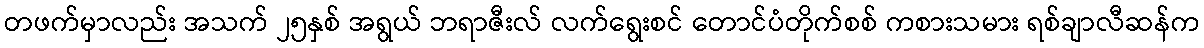
တဖက်မှာလည်း အသက် ၂၅နှစ် အရွယ် ဘရာဇီးလ် လက်ရွေးစင် တောင်ပံတိုက်စစ် ကစားသမား ရစ်ချာလီဆန်က